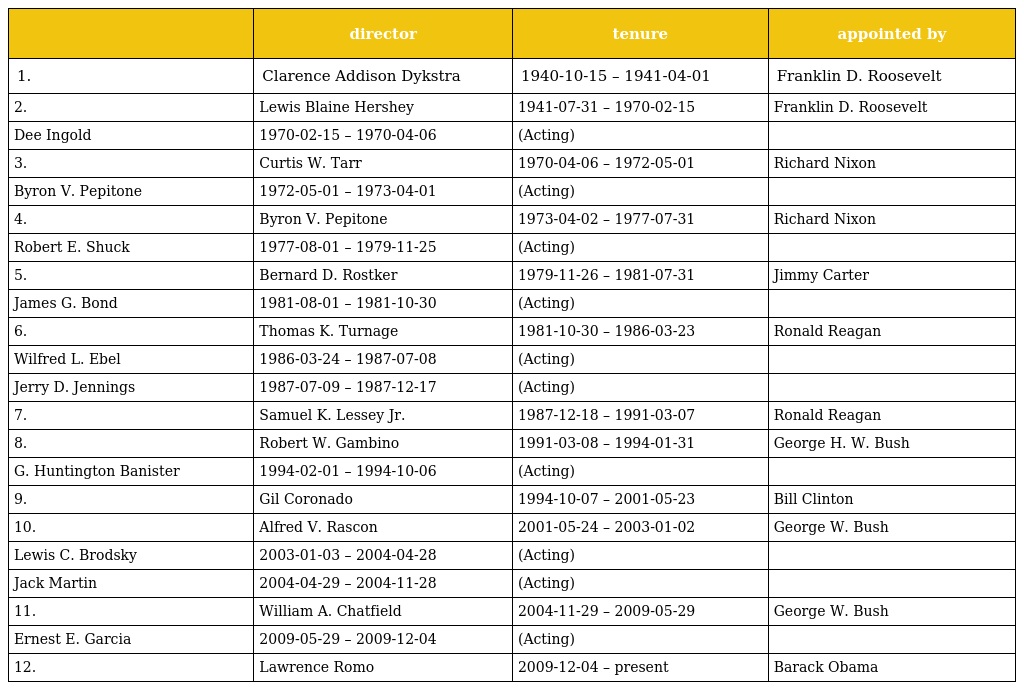
|  | director | tenure | appointed by |
 | --- | --- | --- | --- |
 | 1. | Clarence Addison Dykstra | 1940-10-15 – 1941-04-01 | Franklin D. Roosevelt |
 | 2. | Lewis Blaine Hershey | 1941-07-31 – 1970-02-15 | Franklin D. Roosevelt |
 | Dee Ingold | 1970-02-15 – 1970-04-06 | (Acting) |  |
 | 3. | Curtis W. Tarr | 1970-04-06 – 1972-05-01 | Richard Nixon |
 | Byron V. Pepitone | 1972-05-01 – 1973-04-01 | (Acting) |  |
 | 4. | Byron V. Pepitone | 1973-04-02 – 1977-07-31 | Richard Nixon |
 | Robert E. Shuck | 1977-08-01 – 1979-11-25 | (Acting) |  |
 | 5. | Bernard D. Rostker | 1979-11-26 – 1981-07-31 | Jimmy Carter |
 | James G. Bond | 1981-08-01 – 1981-10-30 | (Acting) |  |
 | 6. | Thomas K. Turnage | 1981-10-30 – 1986-03-23 | Ronald Reagan |
 | Wilfred L. Ebel | 1986-03-24 – 1987-07-08 | (Acting) |  |
 | Jerry D. Jennings | 1987-07-09 – 1987-12-17 | (Acting) |  |
 | 7. | Samuel K. Lessey Jr. | 1987-12-18 – 1991-03-07 | Ronald Reagan |
 | 8. | Robert W. Gambino | 1991-03-08 – 1994-01-31 | George H. W. Bush |
 | G. Huntington Banister | 1994-02-01 – 1994-10-06 | (Acting) |  |
 | 9. | Gil Coronado | 1994-10-07 – 2001-05-23 | Bill Clinton |
 | 10. | Alfred V. Rascon | 2001-05-24 – 2003-01-02 | George W. Bush |
 | Lewis C. Brodsky | 2003-01-03 – 2004-04-28 | (Acting) |  |
 | Jack Martin | 2004-04-29 – 2004-11-28 | (Acting) |  |
 | 11. | William A. Chatfield | 2004-11-29 – 2009-05-29 | George W. Bush |
 | Ernest E. Garcia | 2009-05-29 – 2009-12-04 | (Acting) |  |
 | 12. | Lawrence Romo | 2009-12-04 – present | Barack Obama |